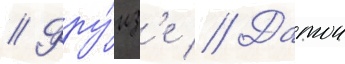
// Фру́нз'е // Датои